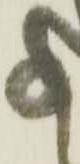
事